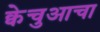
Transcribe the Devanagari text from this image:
क्वेचुआचा